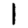
Digit: 1